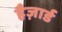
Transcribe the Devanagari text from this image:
हैज़ार्ड